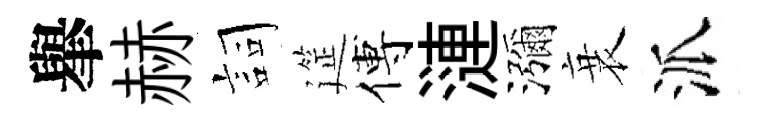
𦦙赫詞筵傅漣瀰衰派